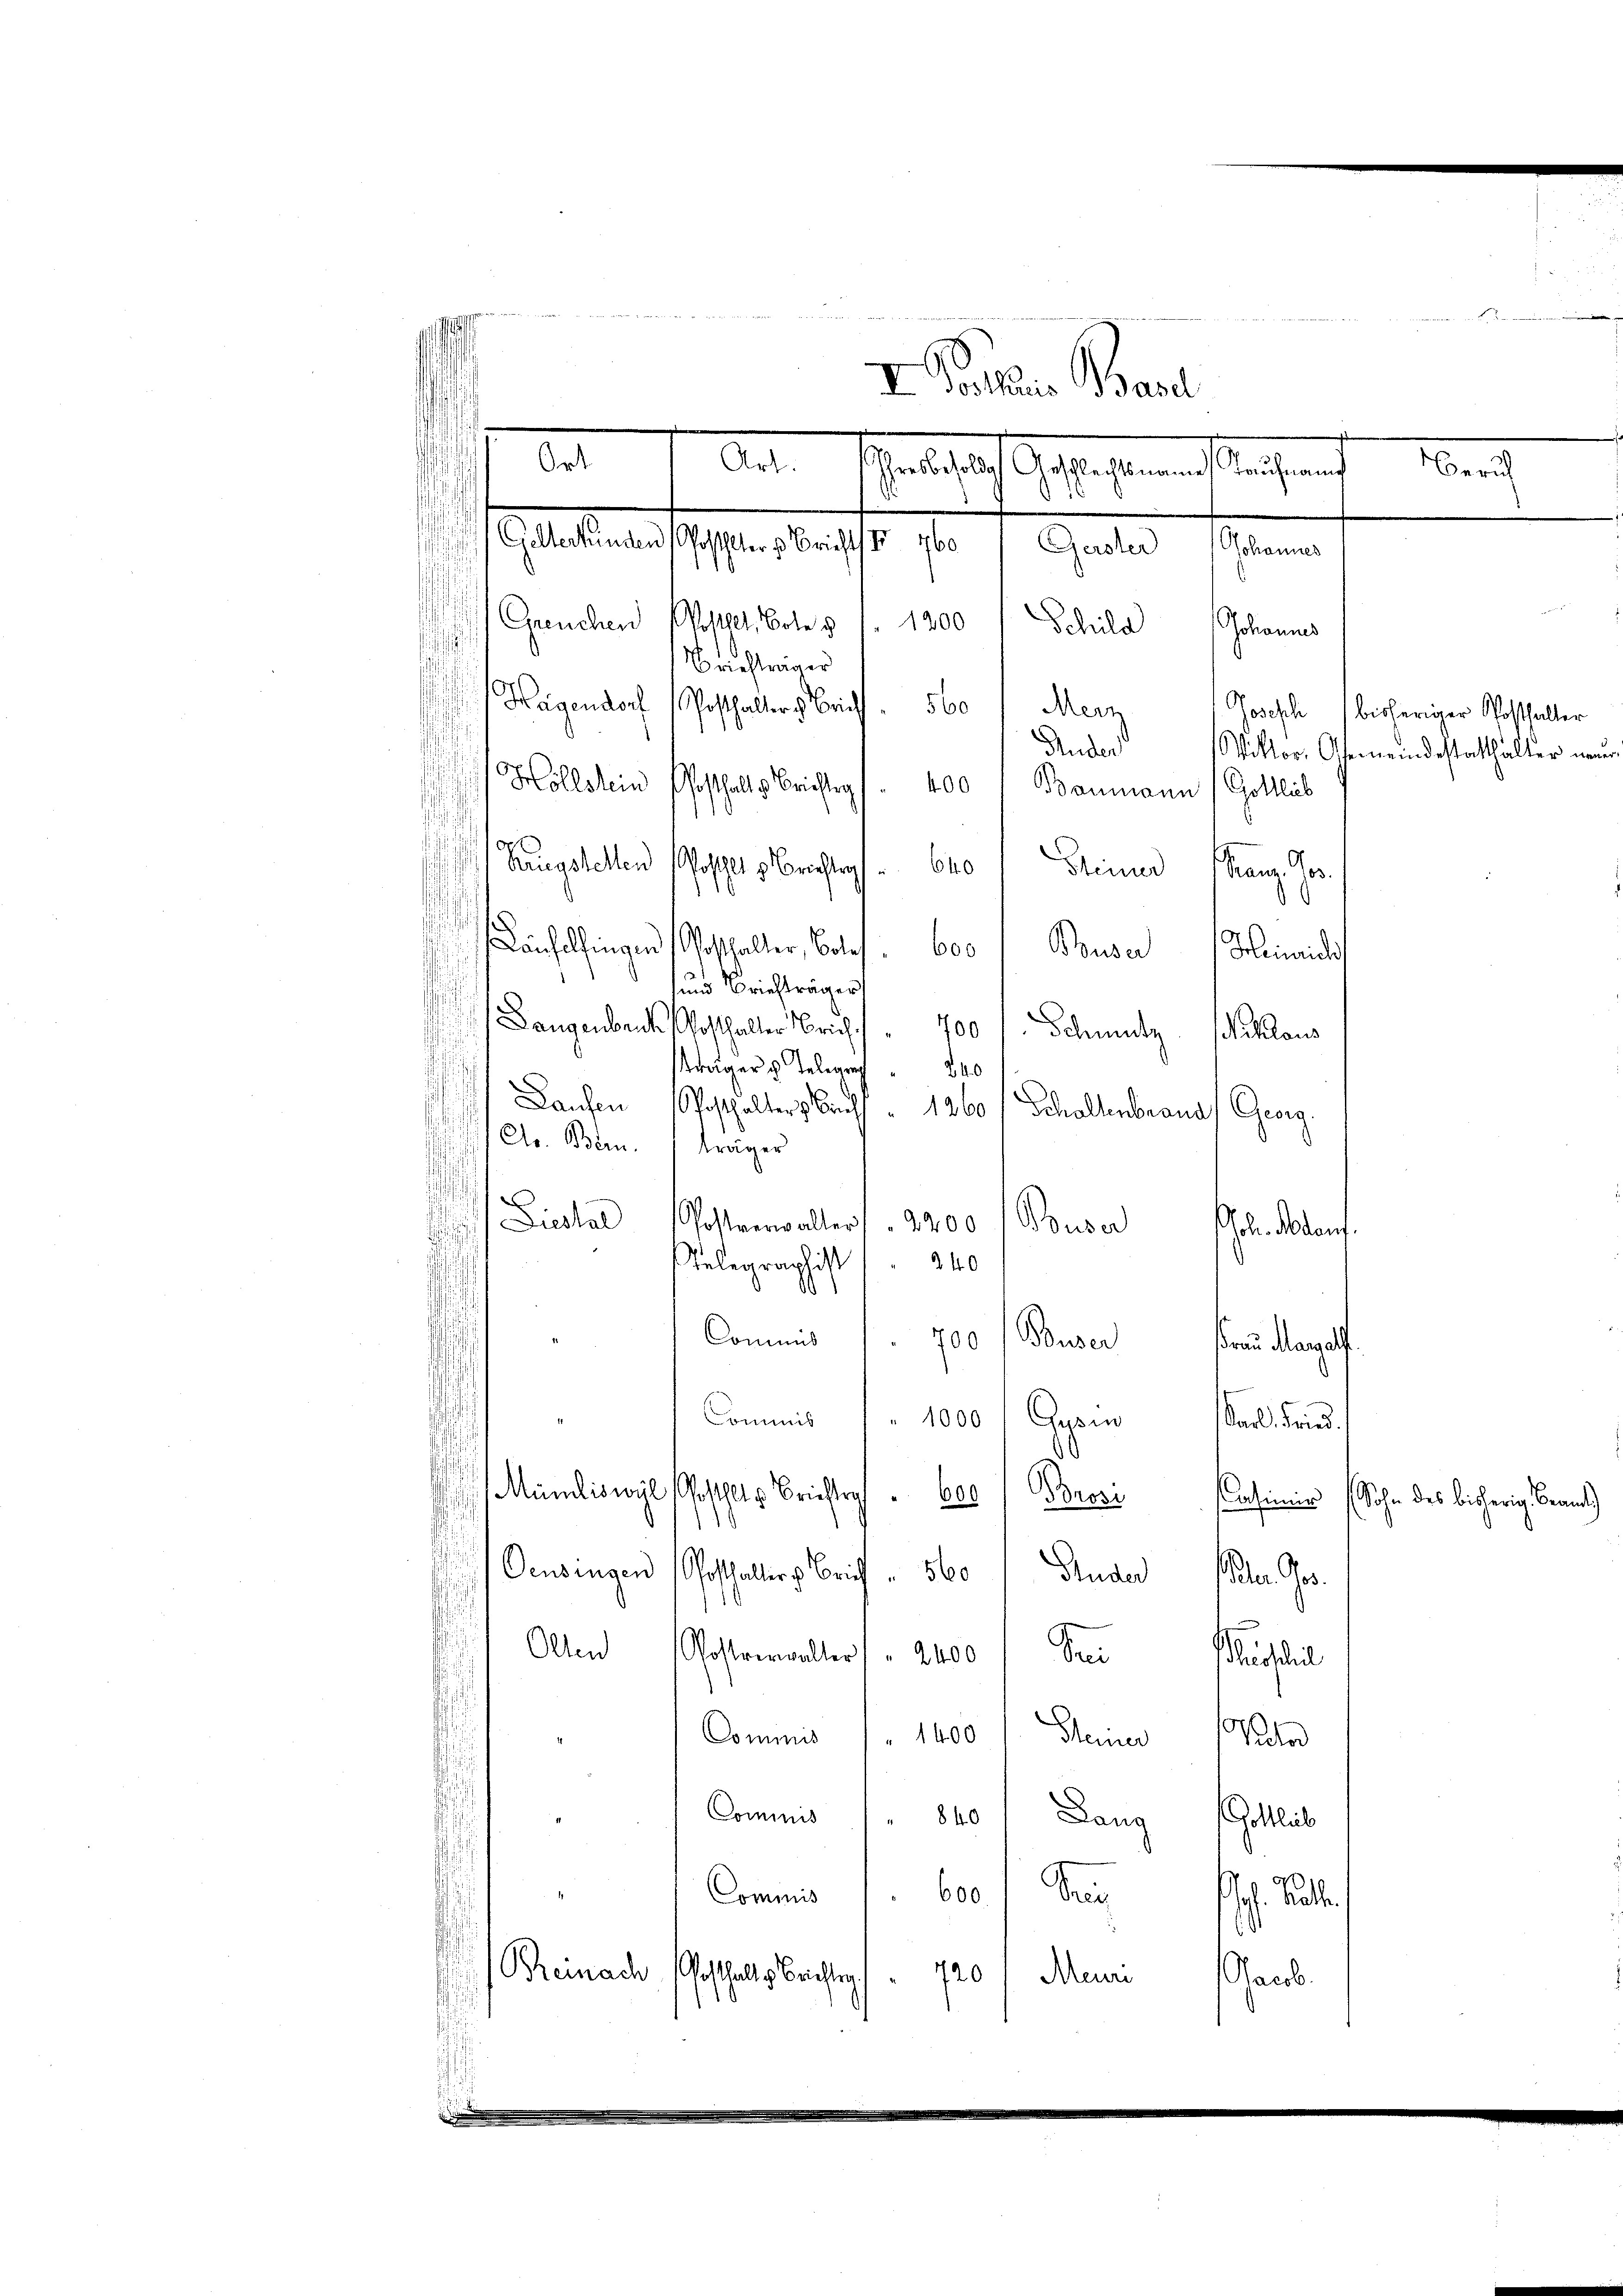
¬

kriegstellen
ohehlt Brachtes bro Seiner Franz. Ges.
d
i
.
äfelfingen Posthalter, Boles, 600 " Buser Heinrich
s
und Briefträger
¬
Dangen beide Posthalter Zürich
700 f. Schmutz schlaus
u
ager Telegra " 240
Laufen (Posthalter Brieff " 1260 / Schaltenbrand Georg.
Dr. Bern träger
.
Liestal (Postverwalter " " 2400 f Buser
240
Relegraschist
Commiß
Buser
700
Frau Manzelf
Commis 1000 ausen Karl Fried.
.
Mümliswyl Rotthalte Brieftrys " 600 Brosi Casimir
.
.
Oensingen Posthalter Zürich " 560 Fuder Peter. Ges.
Olten Postverwalter " " 2400 See urtheil
Commis (1400 " Kleiner Rector
Commis  840 f Lang Gottlieb
600
Commis
B.
Rheinach
Gosthaltes Berichtig
Meur
720
acb
.

I Portaris Basel

hatsach Absichten auch und
16
s
sans lebenen gegen trafe hr. f. Galer seine
Greuchen Kostet, Bote § 1. 1200 / Schild (Johannes
.
¬
d
Briefträger
.
s
Hagendorf (Posthalter Bericht. 560 f Merz
Josephi, bisheriger Posthalter
Guder
Wittor. Gemeindestatthalter na
Hollstein Posthaltes Berichtig. 400 " Baumann Gottlich
110

A

d
s

holen auf

Berch

Sohn des bisherig Beamt